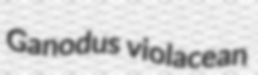
Ganodus violacean